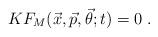
LaTeX: \begin{align*}K F_{M}({\vec{x}},{\vec{p}},{\vec{\theta}};t) = 0 \ .\end{align*}